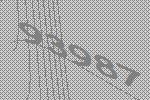
93987